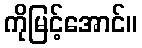
ကိုမြင့်အောင်။